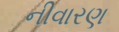
નીવારણ